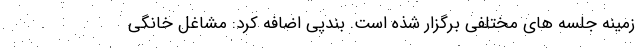
زمینه جلسه های مختلفی برگزار شذه است. بندپی اضافه کرد: مشاغل خانگی